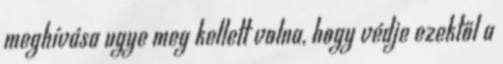
meghívása ugye meg kellett volna, hogy védje ezektől a